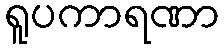
ရူပကာရဏာ